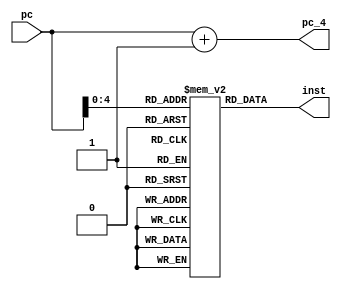
// add 0, 1, 2;
// add 3, 4, 5;
// add 6, 7, 8;
// add 9, 10, 11;
// aa 12, 13, 14;

module fetch(
    input [31:0] pc,
    output reg [31:0] pc_4,
    output reg [31:0] inst
);

reg [31:0] instmem [31:0];

initial begin
    instmem[0] = 32'b00000000001000100000000000100000;
    instmem[1] = 32'b00000000100001010001100000100000;
    instmem[2] = 32'b00000000111010000011000000100000;
    instmem[3] = 32'b00000001010010110100100000100000;
    instmem[4] = 32'b00000001101011100110000000100000;
end

always @(pc) begin
    inst = instmem[pc];
    pc_4 = pc+1;
    $display("Fetch PC=%d inst=%b", pc_4, inst);
end

endmodule

// module tb;
// reg [31:0] pc;
// wire [31:0] pc_4;
// wire [31:0] inst;

// fetch obj(pc, pc_4, inst);
// initial begin
//     #10 pc = 0;
// end

// endmodule